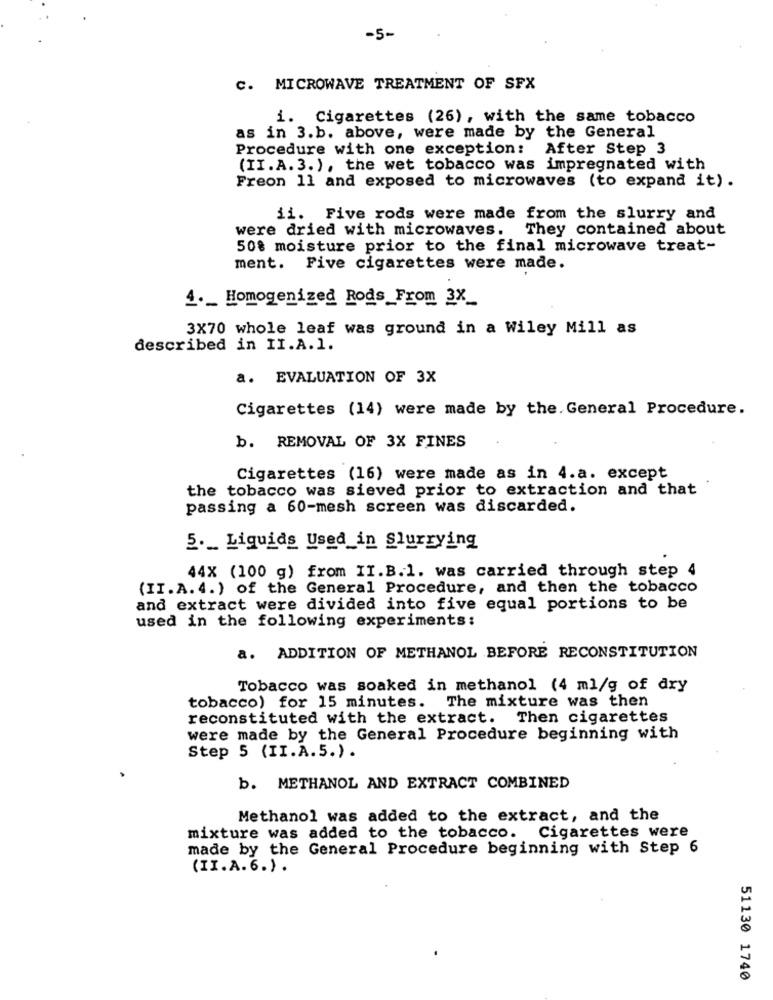
-5-
C. MICROWAVE TREATMENT OF SFX
i. Cigarettes (26), with the same tobacco
as in 3.b. above, were made by the General
Procedure with one exception: After Step 3
(II.A.3.), the wet tobacco was impregnated with
Freon 11 and exposed to microwaves (to expand it).
ii. Five rods were made from the slurry and
were dried with microwaves.
They contained about
50% moisture prior to the final microwave treat-
ment. Five cigarettes were made.
4 ._ Homogenized Rods From 3X_
3X70 whole leaf was ground in a Wiley Mill as
described in II.A.1.
a. EVALUATION OF 3X
Cigarettes (14) were made by the. General Procedure.
b. REMOVAL OF 3X FINES
Cigarettes (16) were made as in 4.a. except
the tobacco was sieved prior to extraction and that
passing a 60-mesh screen was discarded.
5 ._ Liquids Used_in Slurrying
44X (100 g) from II.B.1. was carried through step 4
(II.A. 4. ) of the General Procedure, and then the tobacco
and extract were divided into five equal portions to be
used in the following experiments:
a. ADDITION OF METHANOL BEFORE RECONSTITUTION
Tobacco was soaked in methanol (4 ml/g of dry
tobacco) for 15 minutes. The mixture was then
reconstituted with the extract. Then cigarettes
were made by the General Procedure beginning with
Step 5 (II.A.5.) .
b. METHANOL AND EXTRACT COMBINED
Methanol was added to the extract, and the
mixture was added to the tobacco.
Cigarettes were
made by the General Procedure beginning with Step 6
(II.A.6. ) .
51130 1740